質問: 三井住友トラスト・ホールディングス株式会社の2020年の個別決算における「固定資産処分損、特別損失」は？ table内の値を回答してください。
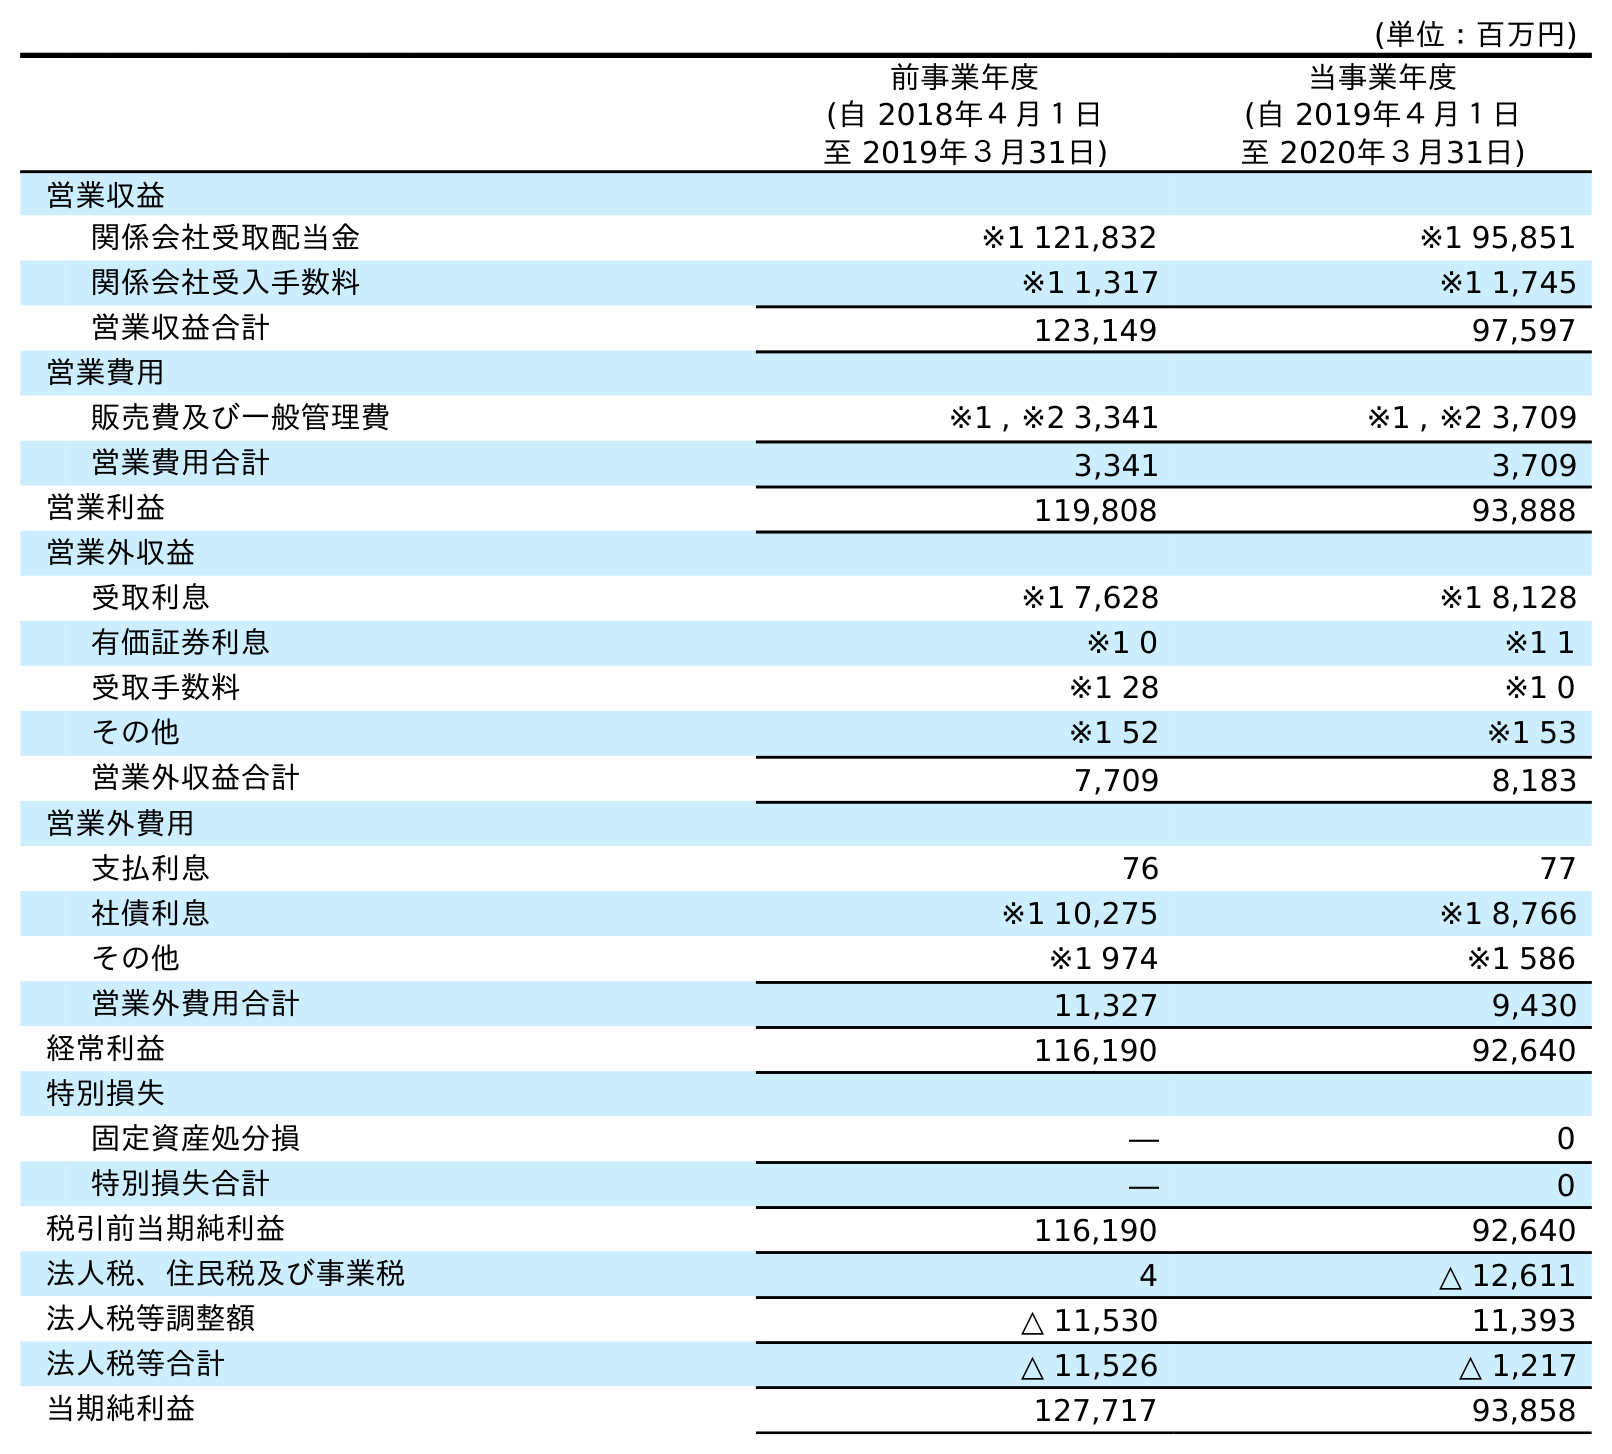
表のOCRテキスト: (単位：百万円) 前事業年度 (自 2018年４月１日 至 2019年３月31日) 当事業年度 (自 2019年４月１日 至 2020年３月31日) 営業収益 関係会社受取配当金 ※1 121,832 ※1 95,851 関係会社受入手数料 ※1 1,317 ※1 1,745 営業収益合計 123,149 97,597 営業費用 販売費及び一般管理費 ※1 , ※2 3,341 ※1 , ※2 3,709 営業費用合計 3,341 3,709 営業利益 119,808 93,888 営業外収益 受取利息 ※1 7,628 ※1 8,128 有価証券利息 ※1 0 ※1 1 受取手数料 ※1 28 ※1 0 その他 ※1 52 ※1 53 営業外収益合計 7,709 8,183 営業外費用 支払利息 76 77 社債利息 ※1 10,275 ※1 8,766 その他 ※1 974 ※1 586 営業外費用合計 11,327 9,430 経常利益 116,190 92,640 特別損失 固定資産処分損 ― 0 特別損失合計 ― 0 税引前当期純利益 116,190 92,640 法人税、住民税及び事業税 4 △ 12,611 法人税等調整額 △ 11,530 11,393 法人税等合計 △ 11,526 △ 1,217 当期純利益 127,717 93,858
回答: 0